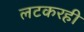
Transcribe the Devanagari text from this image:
लटकरही